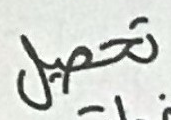
تحصيل